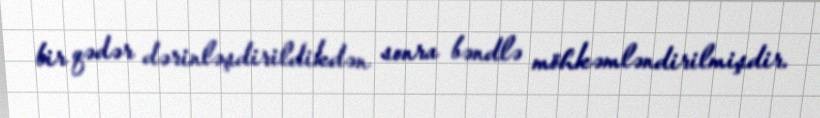
bir qədər dərinləşdirildikdən sonra bəndlə möhkəmləndirilmişdir.